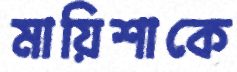
মায়িশাকে